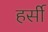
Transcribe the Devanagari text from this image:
हर्सी